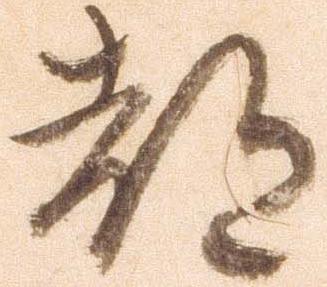
都